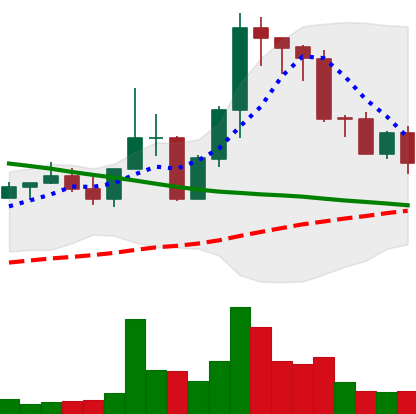
Ticker: EOS-USD
Chart end date: 2022-08-30
Forward return: 7.221%
Label: up_7plus